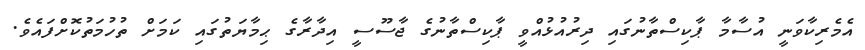
އެމެރިކާވަނީ އުސާމާ ޕާކިސްތާނުގައި ދިރުއުޅުއްވީ ޕާކިސްތާނުގެ ޖާސޫސީ އިދާރާގެ ޙިމާޔަތުގައި ކަމަށް ތުހުމަތުކޮށްފައެވެ.